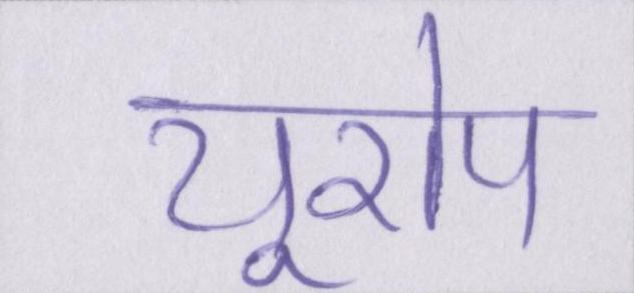
यूरोप